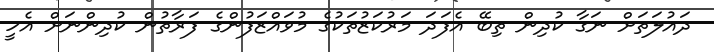
ދައުލަތަށް ނަގާ ކުދިން ތިބޭ އެފަދަ މަރުކަޒުތަކުގެ މުވައްޒަފުންގެ ފަރާތުން ކުދިންނަށް އެހީ